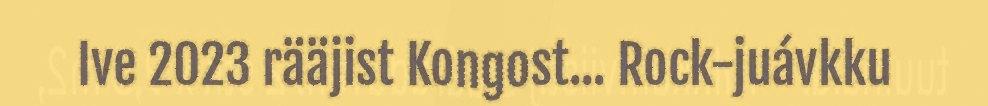
Ive 2023 rääjist Kongost... Rock-juávkku